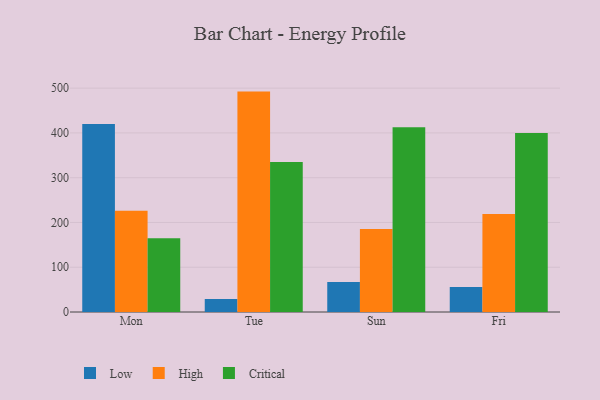
{"axis": {"x": "Day", "y": "Waste Production (Tons)"}, "legend": ["Critical", "High", "Low"], "data": [{"x": "Mon", "y": 419.7, "type": "Low"}, {"x": "Mon", "y": 226.3, "type": "High"}, {"x": "Mon", "y": 164.5, "type": "Critical"}, {"x": "Tue", "y": 29.2, "type": "Low"}, {"x": "Tue", "y": 492.3, "type": "High"}, {"x": "Tue", "y": 334.9, "type": "Critical"}, {"x": "Sun", "y": 66.8, "type": "Low"}, {"x": "Sun", "y": 185.5, "type": "High"}, {"x": "Sun", "y": 412.6, "type": "Critical"}, {"x": "Fri", "y": 55.8, "type": "Low"}, {"x": "Fri", "y": 218.9, "type": "High"}, {"x": "Fri", "y": 400.0, "type": "Critical"}]}